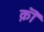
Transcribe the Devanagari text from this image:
क़ॊ